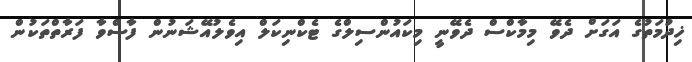
ޚިދުމަތުގެ އަގަށް ދެވޭ މިމާކްސް ދެވޭނީ މިކައުންސިލްގެ ޓެކްނިކަލް އިވެލުއޭޝަނުން ފާސްވާ ފަރާތްތަކުން